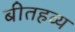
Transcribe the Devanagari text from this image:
बीतहव्य